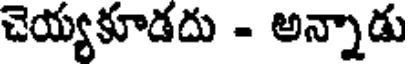
చెయ్యకూడదు - అన్నాడు